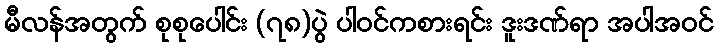
မီလန်အတွက် စုစုပေါင်း (၇၈)ပွဲ ပါဝင်ကစားရင်း ဒူးဒဏ်ရာ အပါအဝင်